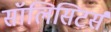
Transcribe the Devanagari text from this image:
सॉलिसिटर्स